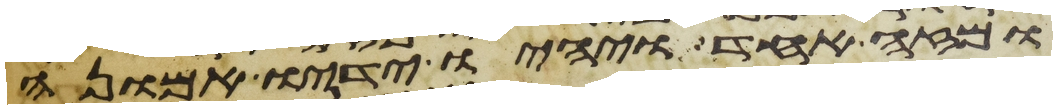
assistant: ומזה אחד ויהיו ידיו אמונה